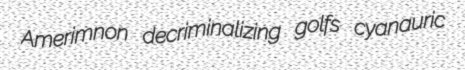
Amerimnon decriminalizing golfs cyanauric